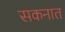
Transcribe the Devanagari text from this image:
सकनात